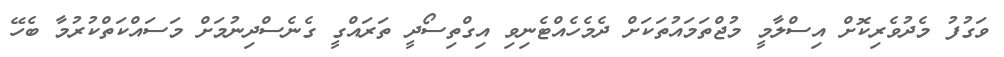
ވަގުފު މެދުވެރިކޮށް އިސްލާމީ މުޖްތަމައުތަކަށް ދެމެހެއްޓެނިވި އިގްތިސޯދީ ތަރައްގީ ގެނެސްދިނުމަށް މަސައްކަތްކުރުމާ ބެހޭ